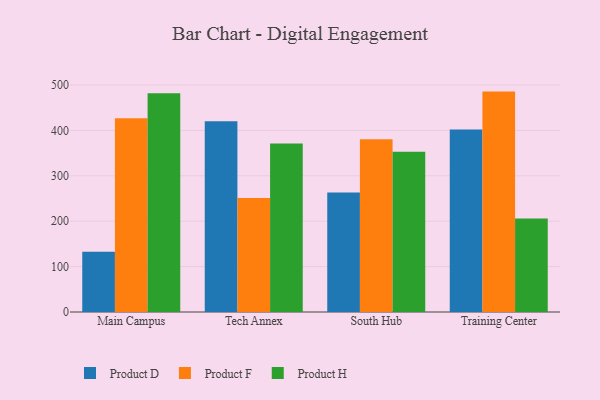
{"axis": {"x": "Campus", "y": "Website Visitors"}, "legend": ["Product D", "Product F", "Product H"], "data": [{"x": "Main Campus", "y": 132.9, "type": "Product D"}, {"x": "Main Campus", "y": 426.9, "type": "Product F"}, {"x": "Main Campus", "y": 481.9, "type": "Product H"}, {"x": "Tech Annex", "y": 420.3, "type": "Product D"}, {"x": "Tech Annex", "y": 251.2, "type": "Product F"}, {"x": "Tech Annex", "y": 371.1, "type": "Product H"}, {"x": "South Hub", "y": 263.1, "type": "Product D"}, {"x": "South Hub", "y": 380.7, "type": "Product F"}, {"x": "South Hub", "y": 353.1, "type": "Product H"}, {"x": "Training Center", "y": 402.2, "type": "Product D"}, {"x": "Training Center", "y": 485.5, "type": "Product F"}, {"x": "Training Center", "y": 205.9, "type": "Product H"}]}